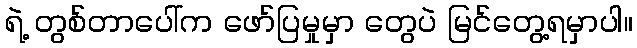
ရဲ့ တွစ်တာပေါ်က ဖော်ပြမှုမှာ တွေပဲ မြင်တွေ့ရမှာပါ။